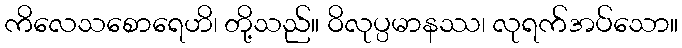
ကိလေသစောရေဟိ၊ တို့သည်။ ဝိလုပ္ပမာနဿ၊ လုရက်အပ်သော။